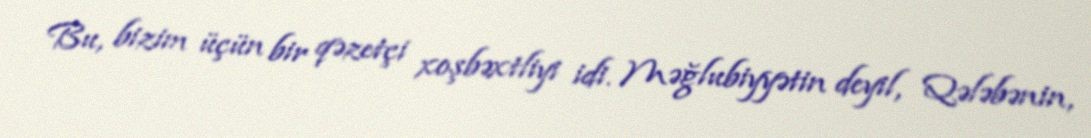
Bu, bizim üçün bir qəzetçi xoşbəxtliyi idi. Məğlubiyyətin deyil, Qələbənin,